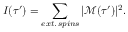
I ( \tau ^ { \prime } ) = \sum _ { e x t . \, s p i n s } | \mathscr { M } ( \tau ^ { \prime } ) | ^ { 2 } .